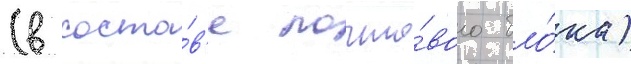
(в соста́в'е почто́вого бло́ка)